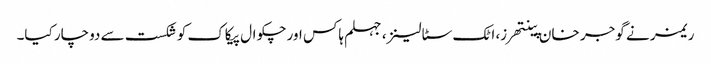
ریمز نے گوجر خان پینتھرز، اٹک سٹالینز، جہلم ہاکس اور چکوال پیکاک کو شکست سے دوچار کیا۔